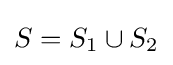
S=S_{1}\cup S_{2}